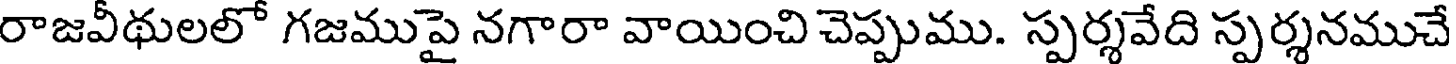
రాజవీథులలో గజముపై నగారా వాయించి చెప్పుము. స్పర్శవేది స్పర్శనముచే